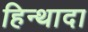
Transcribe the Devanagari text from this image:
हिन्थादा